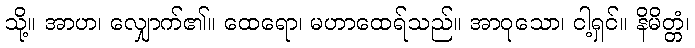
သို့။ အာဟ၊ လျှောက်၏။ ထေရော၊ မဟာထေရ်သည်။ အာဝုသော၊ ငါ့ရှင်။ နိမိတ္တံ၊